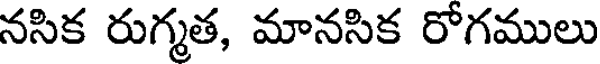
నసిక రుగ్మత, మానసిక రోగములు